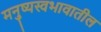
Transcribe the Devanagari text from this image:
मनुष्यस्वभावातील